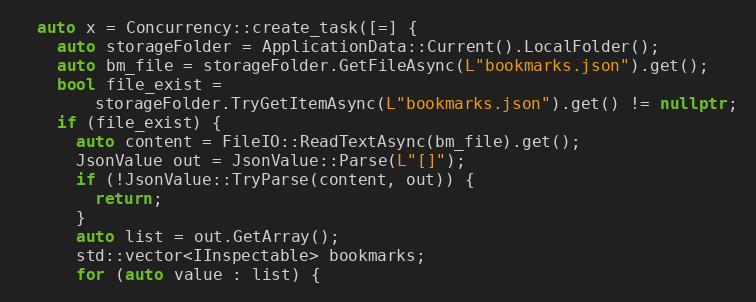
Language: C++
  auto x = Concurrency::create_task([=] {
    auto storageFolder = ApplicationData::Current().LocalFolder();
    auto bm_file = storageFolder.GetFileAsync(L"bookmarks.json").get();
    bool file_exist =
        storageFolder.TryGetItemAsync(L"bookmarks.json").get() != nullptr;
    if (file_exist) {
      auto content = FileIO::ReadTextAsync(bm_file).get();
      JsonValue out = JsonValue::Parse(L"[]");
      if (!JsonValue::TryParse(content, out)) {
        return;
      }
      auto list = out.GetArray();
      std::vector<IInspectable> bookmarks;
      for (auto value : list) {